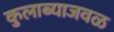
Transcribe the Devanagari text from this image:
कुलाब्याजवळ